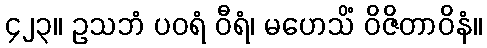
၄၂၃။ ဥသဘံ ပဝရံ ဝီရံ၊ မဟေသိံ ဝိဇိတာဝိနံ။